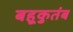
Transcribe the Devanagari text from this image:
बहूकुतंब